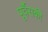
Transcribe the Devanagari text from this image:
पूर्वैसकी